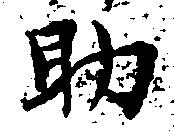
助